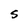
Character: S